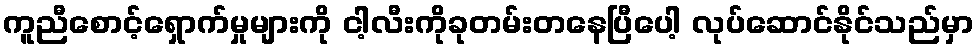
ကူညီစောင့်ရှောက်မှုများကို ငါ့လီးကိုခုတမ်းတနေပြီပေါ့ လုပ်ဆောင်နိုင်သည်မှာ